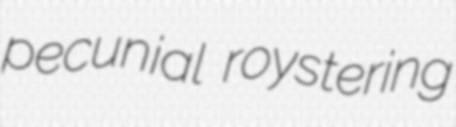
pecunial roystering